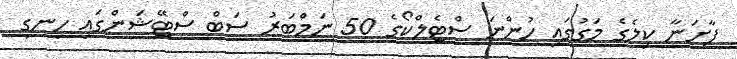
ފާށަނާ ކިލެގެ މަގުގައި ހުންނަ ސްޓެލްކޯގެ 50 ނަމްބަރު ސަބް ސްޓޭޝަންގައި ހިނގި